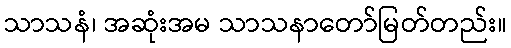
သာသနံ၊ အဆုံးအမ သာသနာတော်မြတ်တည်း။